Report on sanitation, dispensaries, and jails in Rajputana for 1915, and on vaccination for the year 1915-1916 - 1915-1916
Year: 1915
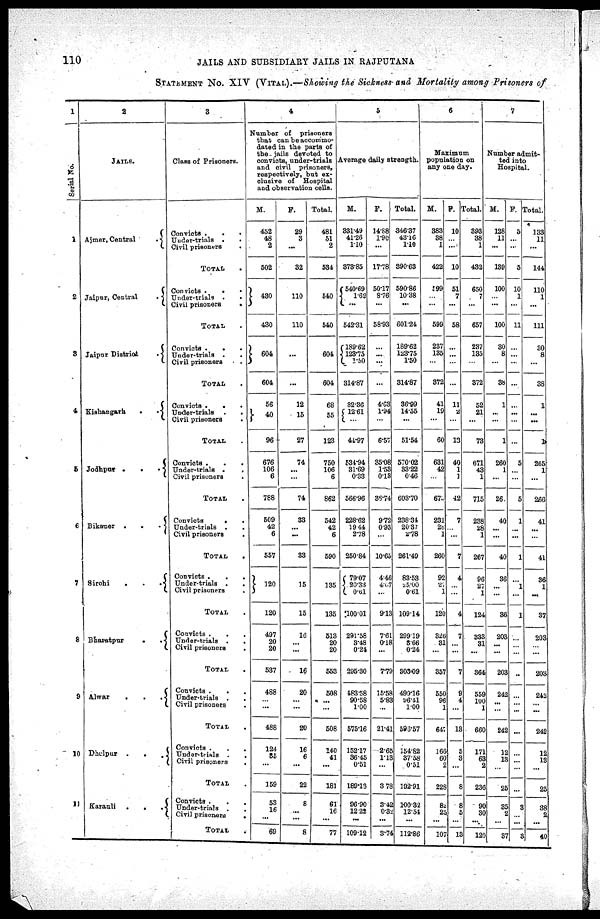
110
JAILS AND SUBSIDIARY JAILS IN RAJPUTANA
STATEMENT NO. XIV (VITAL).—Showing the Sickness and Mortality among Prisoners of
1
Serial No.
1
2
3
4
5
6
7
8
9
10
11
2
JAILS.
Ajmer, Central .
Jaipur, Central .
Jaipur District .
Kishangarh . .
Jodhpur
.
.
.
Bikaner
.
.
.
Sirohi . . .
Bharatpur
.
.
Alwar
.
.
.
Dholpur
.
.
.
Karauli . . .
3
Class of Prisoners.
Convicts . . .
Under-trials . .
Civil prisoners .
TOTAL .
Convicts . . .
Under-trials . .
Civil prisoners .
TOTAL
Convicts .
Under-trials . .
Civil prisoners
TOTAL
Convicts . . .
Under-trials
.
.
Civil prisoners
TOTAL
Convicts . . .
Under-trials . .
Civil prisoners .
TOTAL
Convicts
.
.
Under-trials . .
Civil prisoners
TOTAL
.
Convicts .
. .
Under-trials .
Civil prisoners
TOTAL
Convicts .
. .
Under-trials .
.
Civil prisoners
.
TOTAL
Convicts .
.
Under-trials . .
Civil prisoners
TOTAL
Convicts . . .
Under-trials . .
Civil prisoners .
TOTAL .
Convicts . . .
Under-trials . .
Civil prisoners .
TOTAL
4
Number of prisoners
that can be accommo-
dated in the parts of
the jails devoted to
convicts, under-trials
and civil prisoners,
respectively, but ex-
clusive of Hospital
and observation cells.
M.
452
48
2
502
430
430
604
604
56
40
96
676
106
6
788
509
42
6
557
120
120
497
20
20
537
488
... ...
488
124
35
...
159
53
16
...
69
F.
29
3
...
32
110
110
...
...
12
15
27
74
...
...
74
33
...
...
33
15
15
16
...
...
16
20
...
...
20
16
6
...
22
8
...
...
8
Total.
481
51
2
534
540
540
604
604
68
55
123
750
106
6
862
542
42
6
590
135
135
513
20
20
553
508
... ...
508
140
41
...
181
61
16
...
77
5
Average daily strength.
M.
331.49
41.26
1.10
373.85
540.69
1.62
...
542.31
189.62
123.75
1.50
314.87
32.36
12.61
...
44.97
534.94
31.69
0.33
566.96
228.62
19.44
2.78
250.84
79.07
20.33
0.61
100.01
291.58
3.48
0.24
295.30
483.58
90.58
1.00
575.16
152.17
36.45
0.51
189.13
96.90
12.22
...
109.12
F.
14.88
1.90
...
17.78
50.17
8.76
...
58.93
...
...
...
...
4.63
1.94
...
6.57
35.08
1.53
0.13
36.74
9.72
0.93
...
10.65
4.46
4.07
...
9.13
7.61
0.18
...
7.79
15.58
5.83
...
21.41
2.65
1.13
...
3.78
3.42
0.32
...
3.74
Total.
346.37
43.16
1.10
390.63
590.86
10.38
...
601.24
189.62
123.75
1.50
314.87
36.99
14.55
...
51.54
570.02
33.22
0.46
603.70
238.34
20.37
2.78
261.49
83.53
25.00
0.61
109.14
299.19
3.66
0.24
303.09
499.16
96.41
1.00
598.57
154.82
37.58
0.51
192.91
100.32
12.54
...
112.86
6
Maximum
population on
any one day.
M.
383
38
1
422
599
...
...
599
237
135
...
372
41
19
...
60
631
42
...
675
231
28
1
260
92
27
1
120
326
31
...
357
550
96
1
647
166
60
2
228
82
25
...
107
F.
10
...
...
10
51
7
...
58
...
...
...
...
11
2
13
40
1
1
42
7
...
...
7
4
...
...
4
7
...
...
7
9
4
...
13
5
3
...
8
8
5
...
13
Total.
393
38
1
432
650
7
...
657
237
135
...
372
52
21
...
73
671
43
1
715
238
28
1
267
96
27
1
124
333
31
...
364
559
100
1
660
171
63
2
236
90
30
...
120
7
Number admit-
ted into
Hospital.
M.
128
11
...
139
100
...
...
100
30
8
...
38
1
...
...
1
260
1
...
261
40
... ...
40
36
...
...
36
203
... ...
203
242
...
...
242
12
13
...
25
35
2
...
37
F.
5
...
...
5
10
1
...
11
...
...
...
...
...
...
...
...
5
...
...
5
1
...
...
1
...
1
...
1
...
...
...
...
...
...
...
...
...
...
...
...
3
...
...
3
Total.
133
11
...
144
110
1
...
111
30
8
...
38
1
...
...
1
265
1
...
266
41
... ...
41
36
1
...
37
203
... ...
203
242
... ...
242
12
... ...
25
38
2
...
40